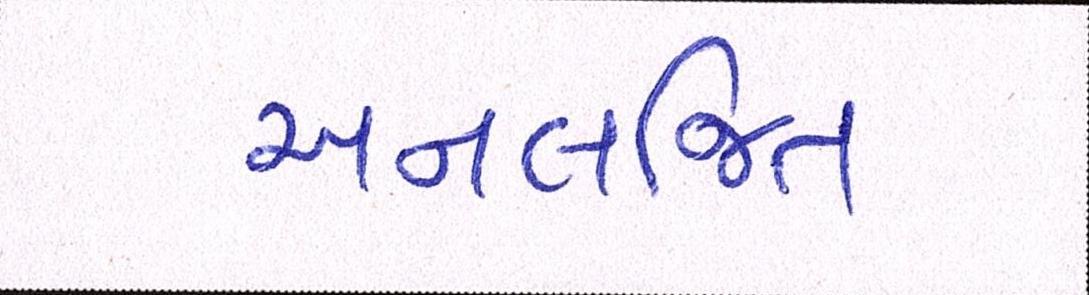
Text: અનલજિત